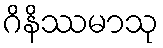
ဂိနိဿမာသု